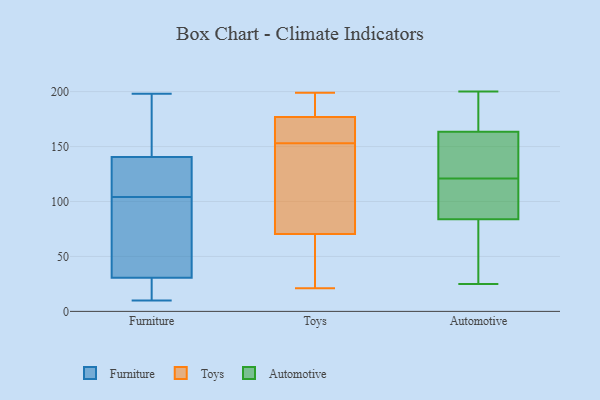
{"axis": {"x": "Headcount", "y": "Value"}, "legend": ["Automotive", "Furniture", "Toys"], "data": [{"x": "", "y": 137, "type": "Furniture"}, {"x": "", "y": 198, "type": "Furniture"}, {"x": "", "y": 24, "type": "Furniture"}, {"x": "", "y": 10, "type": "Furniture"}, {"x": "", "y": 43, "type": "Furniture"}, {"x": "", "y": 100, "type": "Furniture"}, {"x": "", "y": 184, "type": "Furniture"}, {"x": "", "y": 60, "type": "Furniture"}, {"x": "", "y": 123, "type": "Furniture"}, {"x": "", "y": 144, "type": "Furniture"}, {"x": "", "y": 17, "type": "Furniture"}, {"x": "", "y": 108, "type": "Furniture"}, {"x": "", "y": 114, "type": "Furniture"}, {"x": "", "y": 37, "type": "Furniture"}, {"x": "", "y": 193, "type": "Furniture"}, {"x": "", "y": 16, "type": "Furniture"}, {"x": "", "y": 21, "type": "Toys"}, {"x": "", "y": 199, "type": "Toys"}, {"x": "", "y": 199, "type": "Toys"}, {"x": "", "y": 175, "type": "Toys"}, {"x": "", "y": 21, "type": "Toys"}, {"x": "", "y": 74, "type": "Toys"}, {"x": "", "y": 164, "type": "Toys"}, {"x": "", "y": 158, "type": "Toys"}, {"x": "", "y": 143, "type": "Toys"}, {"x": "", "y": 60, "type": "Toys"}, {"x": "", "y": 139, "type": "Toys"}, {"x": "", "y": 153, "type": "Toys"}, {"x": "", "y": 183, "type": "Toys"}, {"x": "", "y": 183, "type": "Automotive"}, {"x": "", "y": 93, "type": "Automotive"}, {"x": "", "y": 105, "type": "Automotive"}, {"x": "", "y": 52, "type": "Automotive"}, {"x": "", "y": 121, "type": "Automotive"}, {"x": "", "y": 200, "type": "Automotive"}, {"x": "", "y": 48, "type": "Automotive"}, {"x": "", "y": 164, "type": "Automotive"}, {"x": "", "y": 89, "type": "Automotive"}, {"x": "", "y": 144, "type": "Automotive"}, {"x": "", "y": 82, "type": "Automotive"}, {"x": "", "y": 162, "type": "Automotive"}, {"x": "", "y": 67, "type": "Automotive"}, {"x": "", "y": 127, "type": "Automotive"}, {"x": "", "y": 129, "type": "Automotive"}, {"x": "", "y": 116, "type": "Automotive"}, {"x": "", "y": 195, "type": "Automotive"}, {"x": "", "y": 25, "type": "Automotive"}, {"x": "", "y": 176, "type": "Automotive"}]}